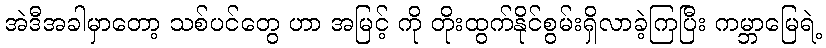
အဲဒီအခါမှာတော့ သစ်ပင်တွေ ဟာ အမြင့် ကို တိုးထွက်နိုင်စွမ်းရှိလာခဲ့ကြပြီး ကမ္ဘာမြေရဲ့